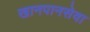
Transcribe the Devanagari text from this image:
खानपानसेवा